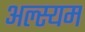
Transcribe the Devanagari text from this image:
अल्स्यम